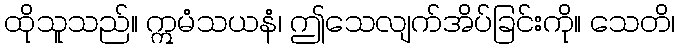
ထိုသူသည်။ ဣမံသယနံ၊ ဤသေလျက်အိပ်ခြင်းကို။ သေတိ၊